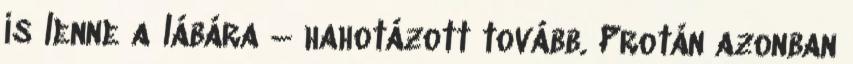
is lenne a lábára – hahotázott tovább. Protán azonban